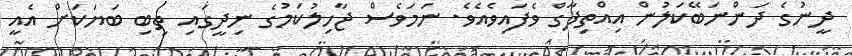
ދީނުގެ ދަންނަބޭކަލުން އިއްތިފާގް ވެފައިވެއެވެ. ނަމަވެސް ޖާހިލުކަމުގެ ނިދީގައި ތިބި ބަޔަކަށް އެއީ